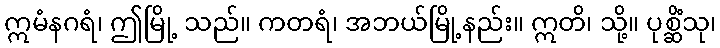
ဣမံနဂရံ၊ ဤမြို့ သည်။ ကတရံ၊ အဘယ်မြို့နည်း။ ဣတိ၊ သို့။ ပုစ္ဆိံသု၊